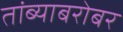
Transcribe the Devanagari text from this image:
तांब्याबरोबर